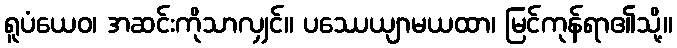
ရူပံယေဝ၊ အဆင်းကိုသာလျှင်။ ပဿေယျာမယထာ၊ မြင်ကုန်ရာ၏သို့။